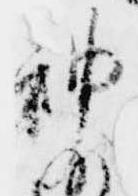
神